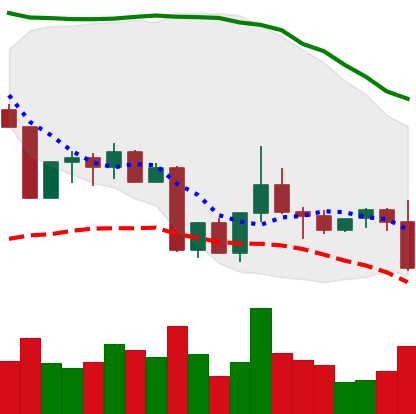
Ticker: TRX-USD
Chart end date: 2022-09-06
Forward return: 5.485%
Label: up_5_7